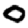
Digit: 0